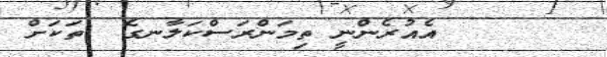
٦٩      އެއުރެންނީ ތިމަންރަސްކަލާނގެ  ތަކަށް